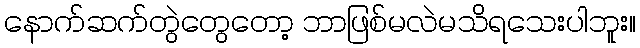
နောက်ဆက်တွဲတွေတော့ ဘာဖြစ်မလဲမသိရသေးပါဘူး။